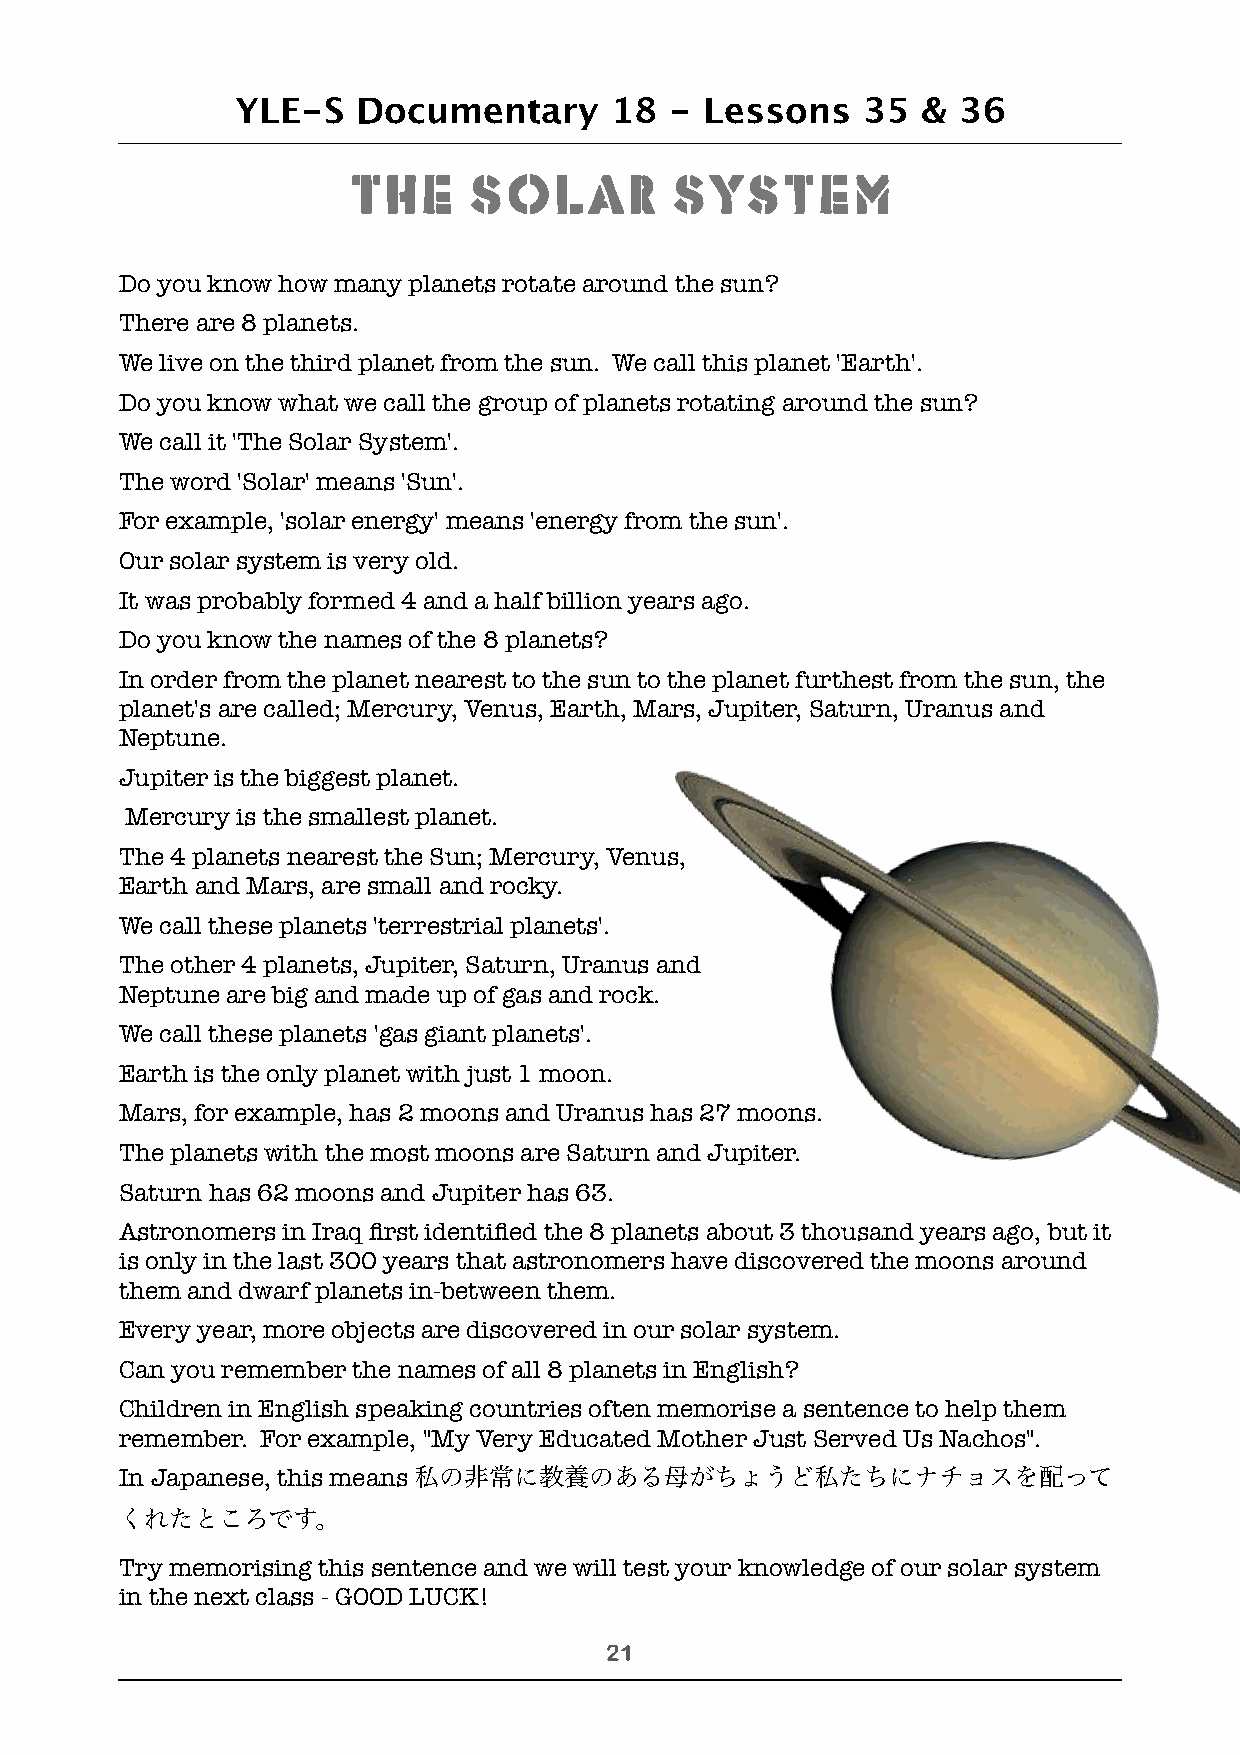
YLE-S   Documentary     18  -  Lessons   35  & 36
 The     Solar         System
 Do you know how many planets rotate around the sun?
 There are 8 planets.
 We live on the third planet from the sun. We call this planet 'Earth'.
 Do you know what we call the group of planets rotating around the sun?
 We call it 'The Solar System'.
 The word 'Solar' means 'Sun'.
 For example, 'solar energy' means 'energy from the sun'.
 Our solar system is very old.
 It was probably formed 4 and a half billion years ago.
 Do you know the names of the 8 planets?
 In order from the planet nearest to the sun to the planet furthest from the sun, the
 planet's are called; Mercury, Venus, Earth, Mars, Jupiter, Saturn, Uranus and
 Neptune.
 Jupiter is the biggest planet.
 Mercury is the smallest planet.
 The 4 planets nearest the Sun; Mercury, Venus,
 Earth and Mars, are small and rocky.
 We call these planets 'terrestrial planets'.
 The other 4 planets, Jupiter, Saturn, Uranus and
 Neptune are big and made up of gas and rock.
 We call these planets 'gas giant planets'.
 Earth is the only planet with just 1 moon.
 Mars, for example, has 2 moons and Uranus has 27 moons.
 The planets with the most moons are Saturn and Jupiter.
 Saturn has 62 moons and Jupiter has 63.
 Astronomers in Iraq first identified the 8 planets about 3 thousand years ago, but it
 is only in the last 300 years that astronomers have discovered the moons around
 them and dwarf planets in-between them.
 Every year, more objects are discovered in our solar system.
 Can you remember the names of all 8 planets in English?
 Children in English speaking countries often memorise a sentence to help them
 remember. For example, "My Very Educated Mother Just Served Us Nachos".
 In Japanese, this means 私の非常に教養のある母がちょうど私たちにナチョスを配って
 くれたところです。
 Try memorising this sentence and we will test your knowledge of our solar system
 in the next class - GOOD LUCK!
 !21